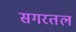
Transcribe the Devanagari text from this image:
सगरतल